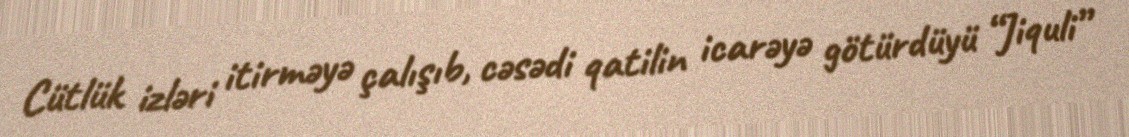
Cütlük izləri itirməyə çalışıb, cəsədi qatilin icarəyə götürdüyü “Jiquli”